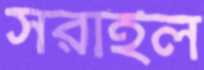
সরাইল